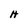
Character: H